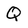
Character: Q